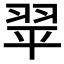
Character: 𦐜